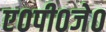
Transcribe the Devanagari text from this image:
ए०पी०जे०